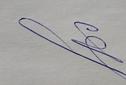
Signature authenticity: genuine